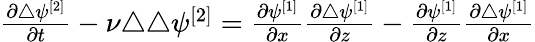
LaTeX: \begin{array}{r}{\frac{\partial\triangle\psi^{[2]}}{\partial t}-\nu\triangle\triangle\psi^{[2]}=\frac{\partial\psi^{[1]}}{\partial x}\frac{\partial\triangle\psi^{[1]}}{\partial z}-\frac{\partial\psi^{[1]}}{\partial z}\frac{\partial\triangle\psi^{[1]}}{\partial x}}\end{array}